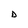
Character: D